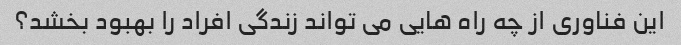
این فناوری از چه راه هایی می تواند زندگی افراد را بهبود بخشد؟